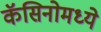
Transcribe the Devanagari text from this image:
कॅसिनोमध्ये